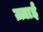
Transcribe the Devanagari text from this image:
ज़्ज़ाई